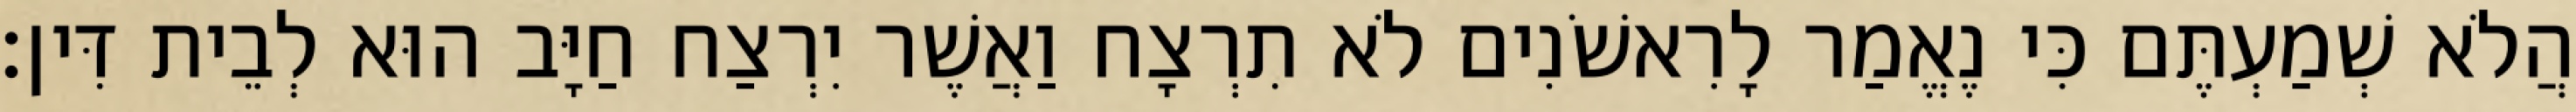
הֲלֹא שְׁמַעְתֶּם כִּי נֶאֱמַר לָרִאשֹׁנִים לֹא תִרְצָח וַאֲשֶׁר יִרְצַח חַיָּב הוּא לְבֵית דִּין׃